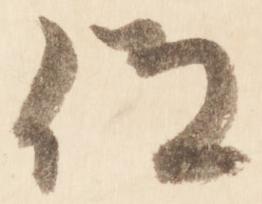
仰